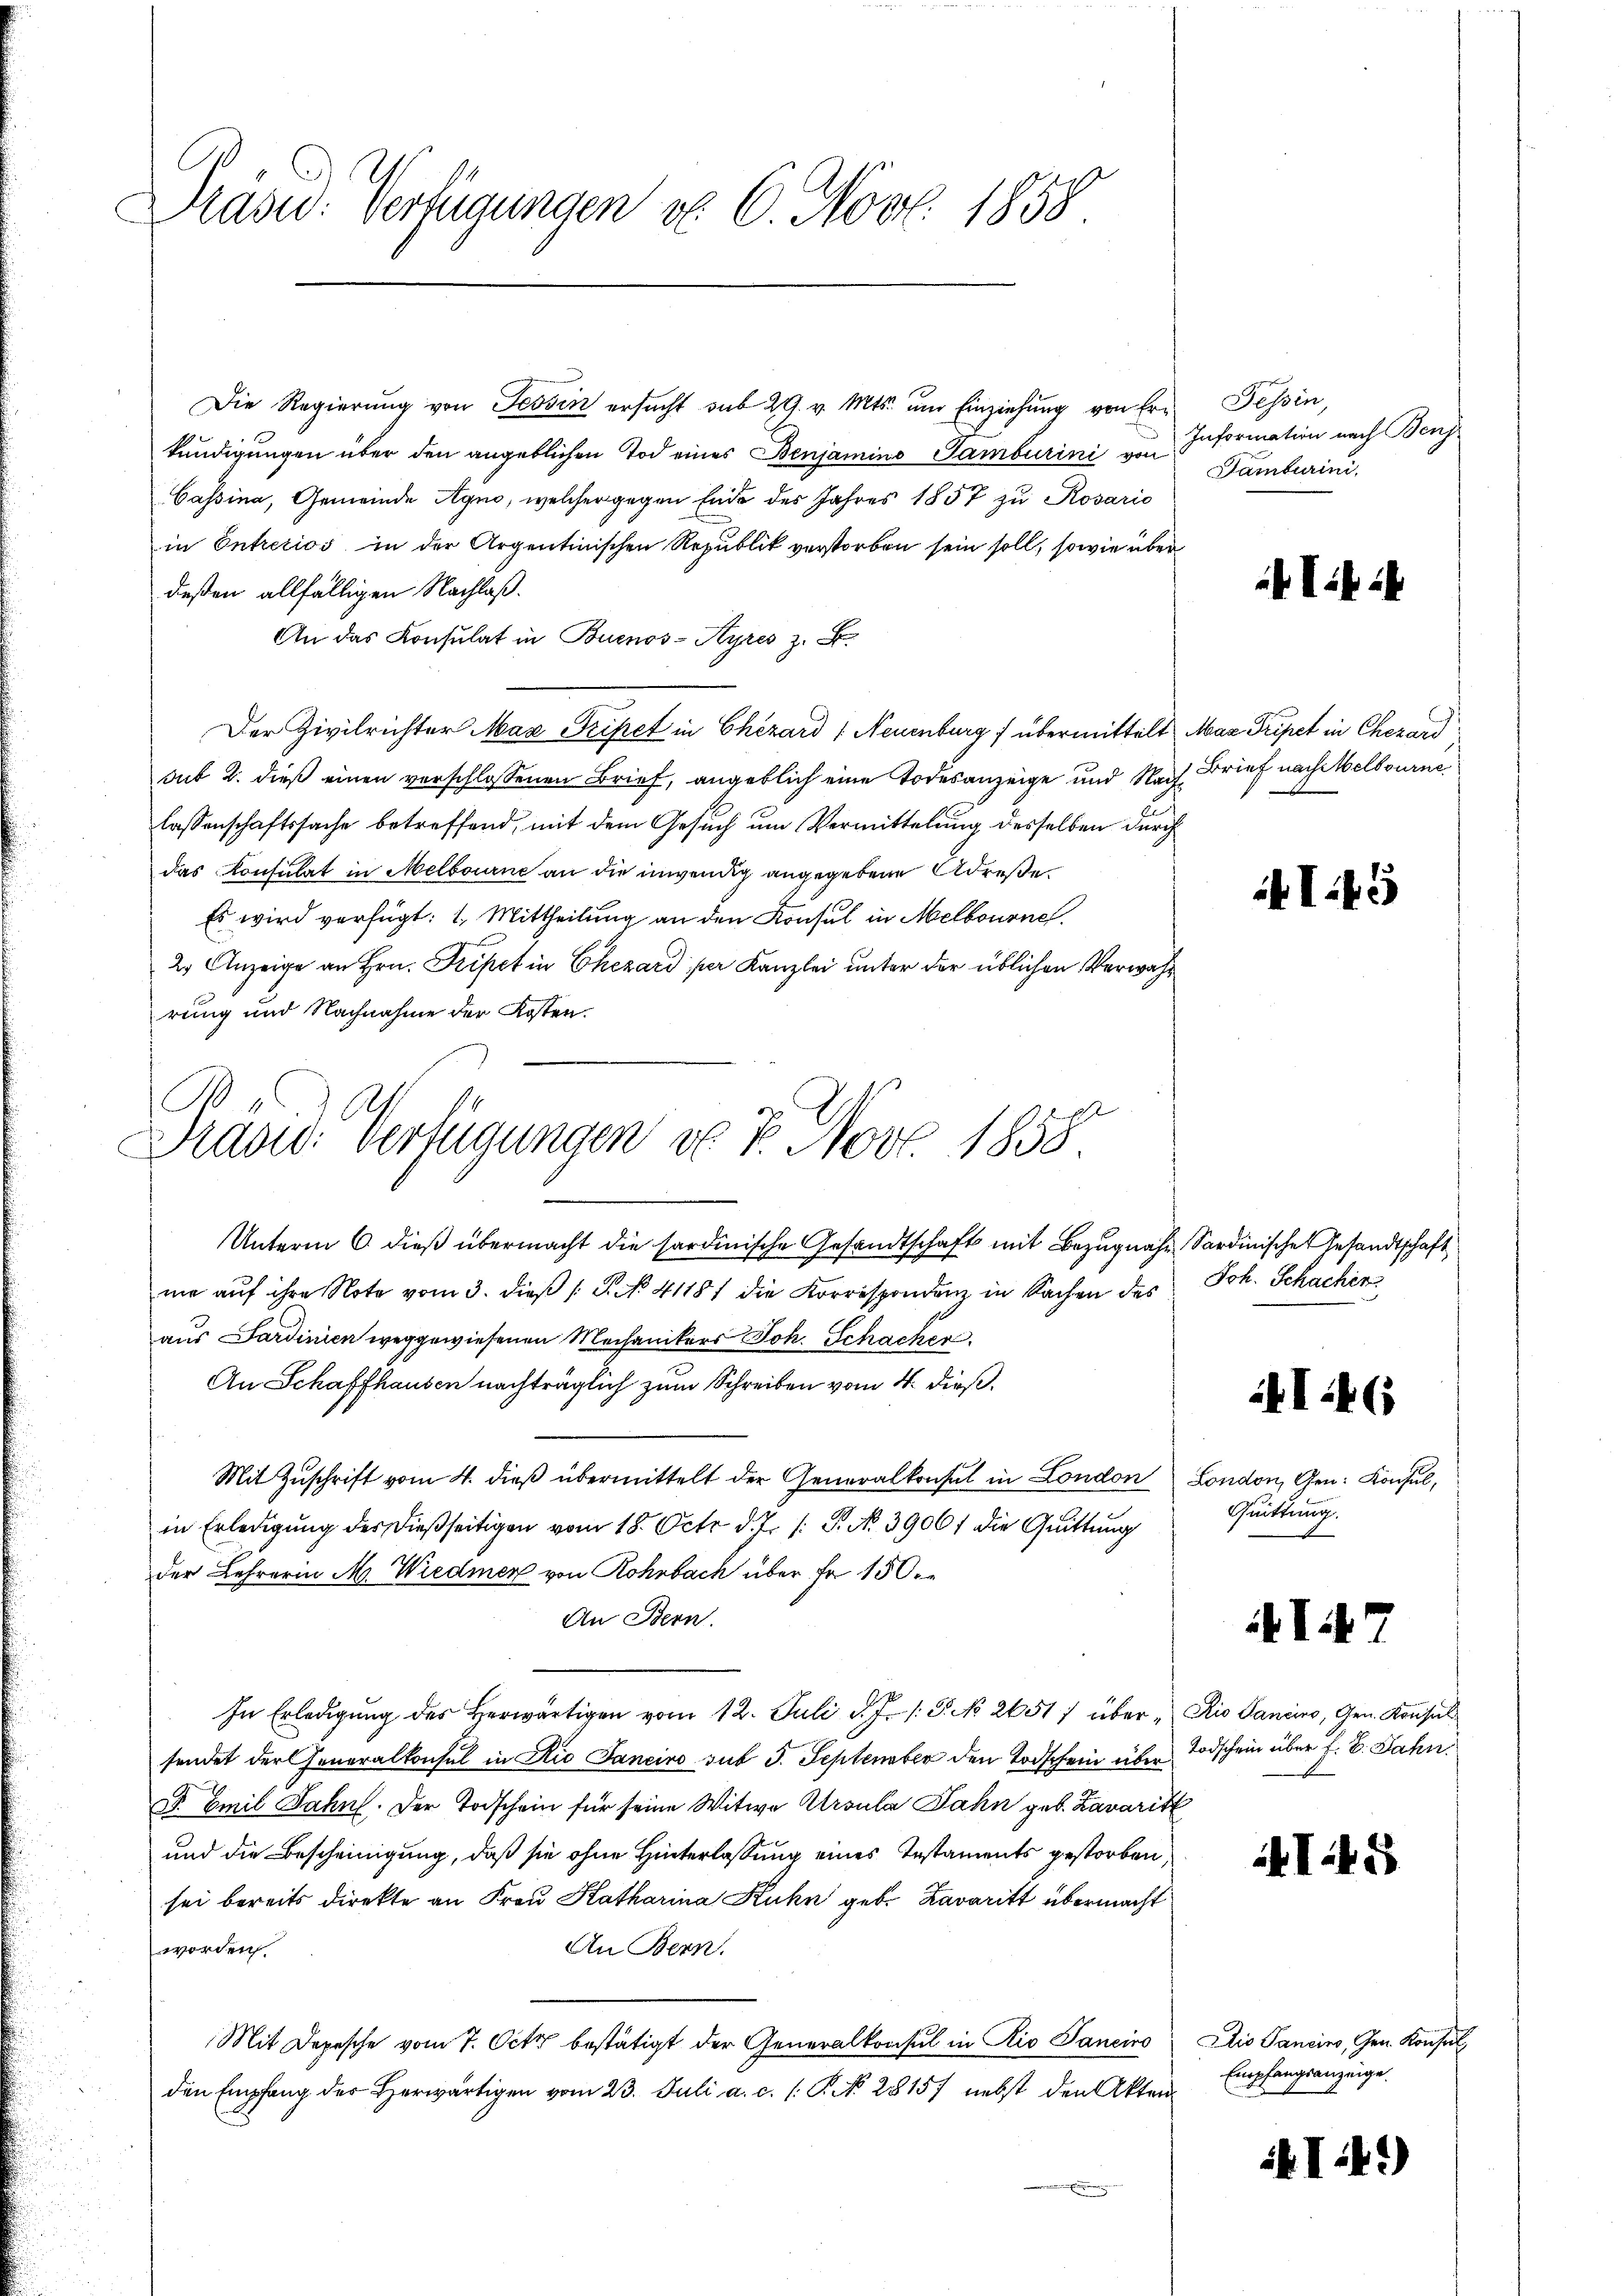
Präse: Verfügungen v. 6. Nov. 1858

Präsid. Verfügungen von 7. Nov. 1858.

Die Regierung von Tessin ersucht sub 29. v. Mts. und Einziehung von Erkundigungen über den angeblichen Tod eines Benjamins Tamburini von Information nach Benj
Cassina, Gemeinde Agno, welcher gegen Ende des Jahres 1857 zu Rosario
in Entretios in der Argentinischen Republik verstorben sein soll, sowie übe
deßen allfälligen Nachlaß.
An das Konsulat in Buenos-Ayres z. B.
Der Zivilrichter Max Tripet in Chezard " Neuenburg f übermittelt Maz Tripet in Chezard
sub 2. dieß einen verschlossenen Brief, angeblich eine Todesanzeige und Nach Brief nach Melbournelassenschaftssache betreffend, mit dem Gesuch um Vermittelung desselben durch
das Konsulat in Melbourne an die inwendig angegebene Adrese
Es wird verfügt: 1. Mittheilung an den Konsul in Melbourne
2 Anzeige an Hrn. Tripet in Chezard per Kanzlei unter der üblichen Verwahrung und Nachnahme der Kosten.
Unterm 6. dieß übermacht die sardinische Gesandtschaft mit Bezugnahm, Sardinische Gesandtschaft
me auf ihre Note vom 3. dieß (: S. No. 41181 die Korrespondenz in Sachen des
aus Sardinien weggewiesenen Mechanikers Joh. Schacker.
An Schaffhausen nachträglich zum Schreiben vom 4. dieß.
Mit Zuschrift vom 4. dieß übermittelt der Generalkonsul in London
in Erledigung der dießseitigen vom 18. Octr d. J. /: P. Nr. 3906) die Quittung
der Lehrerin M. Wiedmer von Rohrbach über fr. 150
An Bern.
In Erledigŭng des herwärtigen vom 12. Juli d. J. J. No 2651) übersendet der Generalkonsul in Rio Janeiro sub 3. September den Todschein über
F. Emil Jahn. Der Todschein für seine Witwe Atroula Jahn geb. Zavarit
und die Bescheinigung, daß sie ohne Hinterlassung eines Instaments gestorben,
sei bereits direkte an Frau Katharina Kuhn geb. Lavaritt übermacht
An Bern
worden.
Mit Depesche vom 7. Octo bestätigt der Generalkonsul in Rio Sancirs
den Empfang der herwärtigen vom 23. Juli a. c. l. P. N. 28157 nebst den Akten

Tessin,
Famburini,

Sifi

I.5

Joh. Schacher

I46

London, Gen. Konsul,
Quittung.

f

i. Si

Kio Sancino, Gen. Konsul
Todschein über f. 6. Jahn

4 I

Dio Pancino, Gen. Konsul
Empfangsanzeige.

I4.)